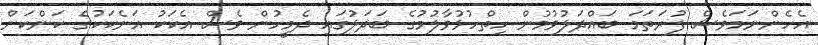
އެހެންނަމަވެސް ފުރަތަމަ ބައްދަލުވުމުން ހިތްހުޅުވާލުމުގެ ބަދަލުގައި ދެމީހުން ވެސް އެކަކު އަނެކަކުގެ ކަންކަން